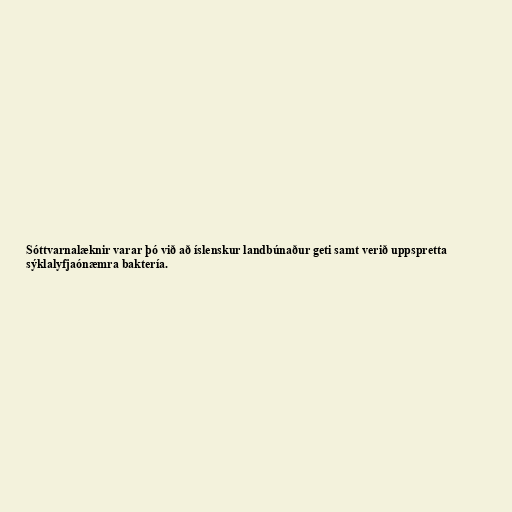
Sóttvarnalæknir varar þó við að íslenskur landbúnaður geti samt verið uppspretta
sýklalyfjaónæmra baktería.